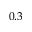
0 . 3